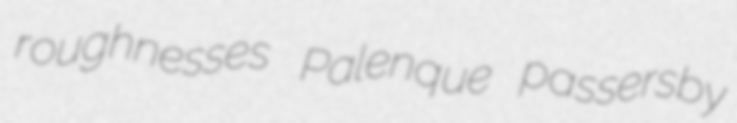
roughnesses Palenque passersby